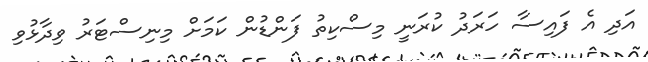
އަދި އެ ފައިސާ ހަަރަދު ކުރަނީ މިސްކިތު ފަންޑުން ކަމަށް މިނިސްޓަރު ވިދާޅުވި